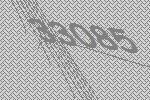
33085